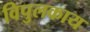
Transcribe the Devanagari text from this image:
विपुलकाय